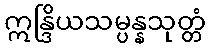
ဣန္ဒြိယသမ္ပန္နသုတ္တံ